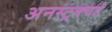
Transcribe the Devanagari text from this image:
अनस्ट्रक्चर्ड